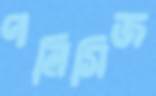
পলিসিজ